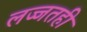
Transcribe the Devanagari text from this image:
लज्जतही